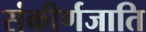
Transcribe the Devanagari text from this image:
संकीर्णजाति